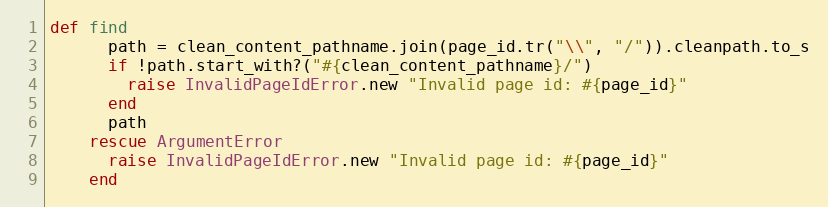
Language: Ruby
def find
      path = clean_content_pathname.join(page_id.tr("\\", "/")).cleanpath.to_s
      if !path.start_with?("#{clean_content_pathname}/")
        raise InvalidPageIdError.new "Invalid page id: #{page_id}"
      end
      path
    rescue ArgumentError
      raise InvalidPageIdError.new "Invalid page id: #{page_id}"
    end